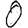
Digit: 0